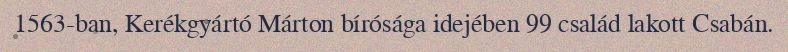
1563-ban, Kerékgyártó Márton bírósága idejében 99 család lakott Csabán.